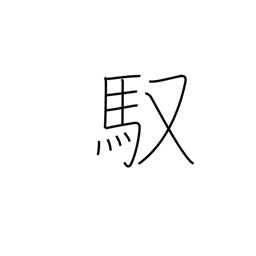
Meaning: driving (horse)